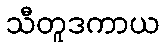
သီတူဒကာယ